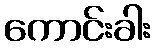
ကောင်းခါး